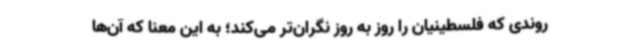
روندی که فلسطینیان را روز به روز نگران‌تر می‌کند؛ به این معنا که آن‌ها